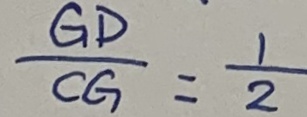
\frac { G D } { C G } = \frac { 1 } { 2 }